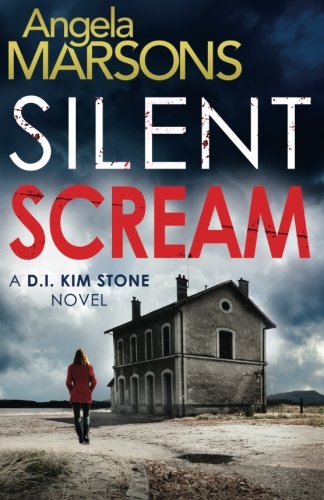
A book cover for Silent Scream (Detective Kim Stone crime thriller series) (Volume 1); Angela Marsons; Mystery, Thriller & Suspense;